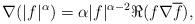
LaTeX: \begin{align*}\nabla (|f|^{\alpha}) = \alpha |f|^{\alpha-2} \Re (f \nabla \overline{f}),\end{align*}